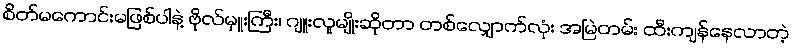
စိတ်မကောင်းမဖြစ်ပါနဲ့ ဗိုလ်မှူးကြီး၊ ဂျူးလူမျိုးဆိုတာ တစ်လျှောက်လုံး အမြဲတမ်း ထီးကျန်နေလာတဲ့